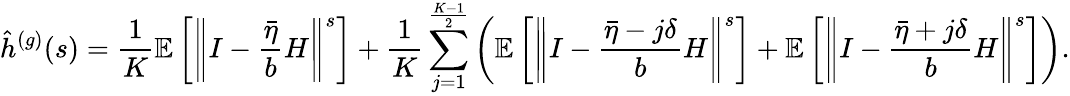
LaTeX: \hat{h}^{(g)}(s)=\frac{1}{K}\mathbb{E}\left[\left\Vert I-\frac{\bar{\eta}}{b}H\right\Vert^{s}\right]+\frac{1}{K}\sum_{j=1}^{\frac{K-1}{2}}\left(\mathbb{E}\left[\left\Vert I-\frac{\bar{\eta}-j\delta}{b}H\right\Vert^{s}\right]+\mathbb{E}\left[\left\Vert I-\frac{\bar{\eta}+j\delta}{b}H\right\Vert^{s}\right]\right).